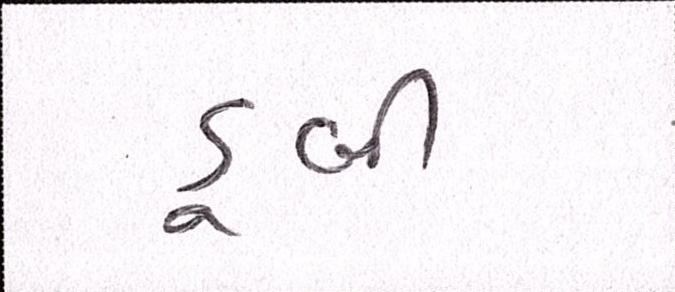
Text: ડૂબી